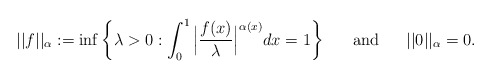
\begin{align*}||f||_{\alpha }:= \inf \left\{ \lambda > 0: \int_{0}^{1}\Big|\frac{f(x)}{\lambda} \Big|^{ \alpha(x)} dx =1 \right\} \ \ \ \ \ \textrm{and} \ \ \ \ \ ||0||_{\alpha}=0.\end{align*}